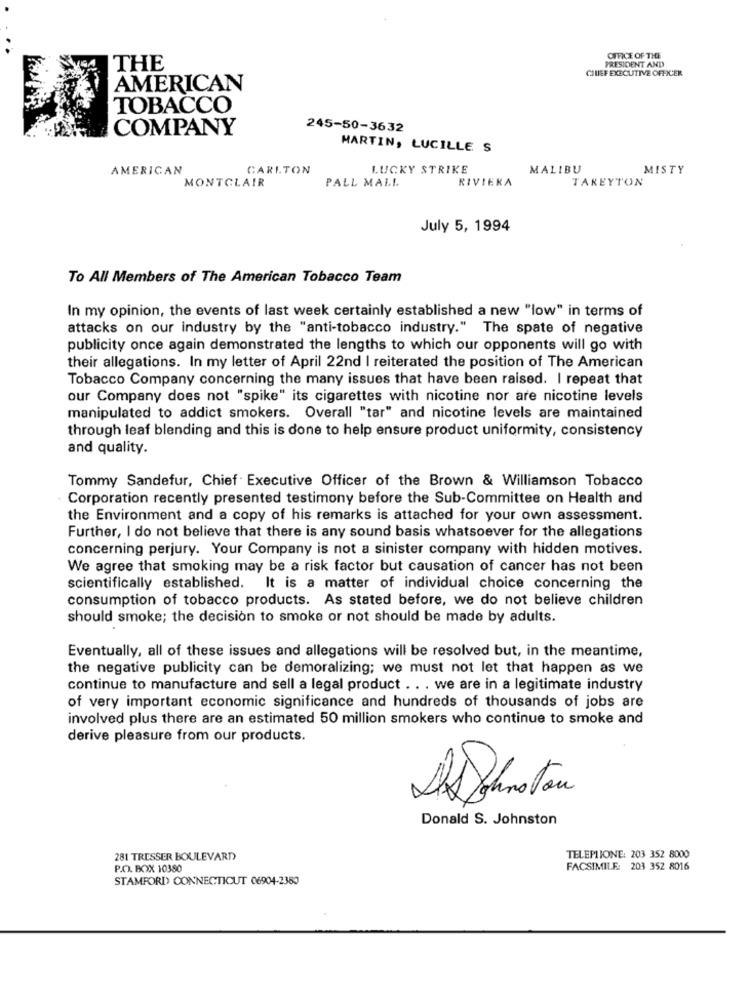
PRESIDENT AND
OFFICE OF THE
THE
CHIEF EXECUTIVE OFFICER
AMERICAN
TOBACCO
COMPANY
245-50-3632
MARTIN, LUCILLE S
AMERICAN
CARLTON
LUCKY STRIKE
MALIBU
MISTY
RIVIERA
TAREYTON
MONTCLAIR
PALL MALL
July 5, 1994
To All Members of The American Tobacco Team
In my opinion, the events of last week certainly established a new "low" in terms of
attacks on our industry by the "anti-tobacco industry." The spate of negative
publicity once again demonstrated the lengths to which our opponents will go with
their allegations. In my letter of April 22nd | reiterated the position of The American
Tobacco Company concerning the many issues that have been raised. I repeat that
our Company does not "spike" its cigarettes with nicotine nor are nicotine levels
manipulated to addict smokers. Overall "tar" and nicotine levels are maintained
through leaf blending and this is done to help ensure product uniformity, consistency
and quality.
Tommy Sandefur, Chief Executive Officer of the Brown & Williamson Tobacco
Corporation recently presented testimony before the Sub-Committee on Health and
the Environment and a copy of his remarks is attached for your own assessment.
Further, I do not believe that there is any sound basis whatsoever for the allegations
concerning perjury. Your Company is not a sinister company with hidden motives.
We agree that smoking may be a risk factor but causation of cancer has not been
scientifically established. It is a matter of individual choice concerning the
consumption of tobacco products. As stated before, we do not believe children
should smoke; the decision to smoke or not should be made by adults.
Eventually, all of these issues and allegations will be resolved but, in the meantime,
the negative publicity can be demoralizing; we must not let that happen as we
continue to manufacture and sell a legal product .. . we are in a legitimate industry
of very important economic significance and hundreds of thousands of jobs are
involved plus there are an estimated 50 million smokers who continue to smoke and
derive pleasure from our products.
Alsoinstan
Donald S. Johnston
281 TRESSER BOULEVARD
TELEPHONE: 203 352 8000
P.O. BOX 10380
FACSIMILE: 203 352 8016
STAMFORD CONNECTICUT 06904-2380